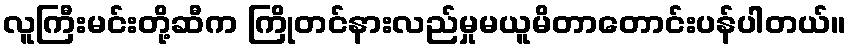
လူကြီးမင်းတို့ဆီက ကြိုတင်နားလည်မှုမယူမိတာတောင်းပန်ပါတယ်။